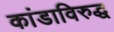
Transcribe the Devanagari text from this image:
कांडाविरुद्ध